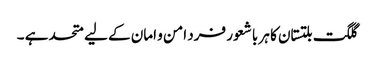
گلگت بلتستان کا ہر با شعور فرد امن و امان کے لیے متحد ہے ۔